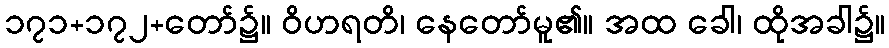
၁၇၁+၁၇၂+တော်၌။ ဝိဟရတိ၊ နေတော်မူ၏။ အထ ခေါ၊ ထိုအခါ၌။